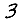
Digit: 3